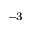
^ { - 3 }